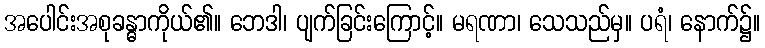
အပေါင်းအစုခန္ဓာကိုယ်၏။ ဘေဒါ၊ ပျက်ခြင်းကြောင့်။ မရဏာ၊ သေသည်မှ။ ပရံ၊ နောက်၌။